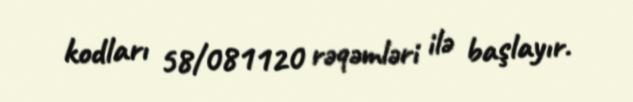
kodları 58/081120 rəqəmləri ilə başlayır.